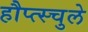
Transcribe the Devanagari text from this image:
हौप्त्स्चुले